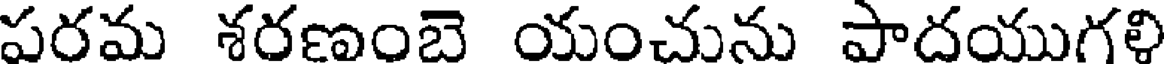
పరమ శరణంబె యంచును పాదయుగళి